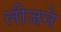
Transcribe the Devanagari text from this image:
लीजने